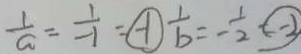
\frac { 1 } { a } = \frac { 1 } { - 1 } = \textcircled { - 1 } \frac { 1 } { b } = - \frac { 1 } { 2 } \textcircled { - 2 }